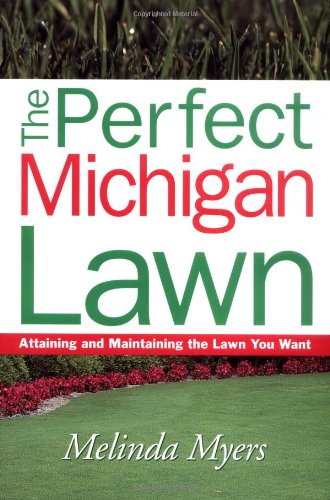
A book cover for Perfect Michigan Lawn -OSI (Perfect Lawn Series); Melinda Myers; Crafts, Hobbies & Home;